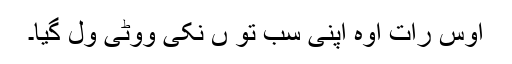
اوس رات اوہ اپنی سب تو ں نکی ووٹی ول گیا۔